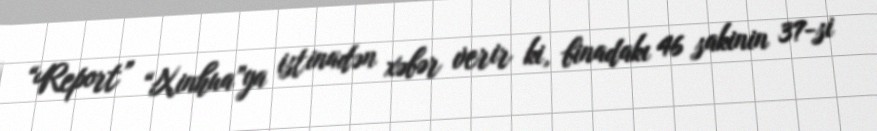
“Report” “Xinhua”ya istinadən xəbər verir ki, binadakı 46 sakinin 37-si